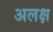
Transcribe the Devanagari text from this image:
अलक्ष